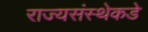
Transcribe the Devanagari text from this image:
राज्यसंस्थेकडे